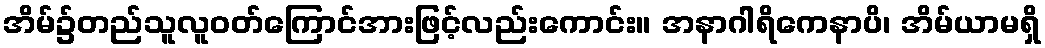
အိမ်၌တည်သူလူဝတ်ကြောင်အားဖြင့်လည်းကောင်း။ အနာဂါရိကေနာပိ၊ အိမ်ယာမရှိ